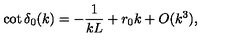
\cot \delta _ { 0 } ( k ) = - \frac { 1 } { k L } + r _ { 0 } k + O ( k ^ { 3 } ) ,